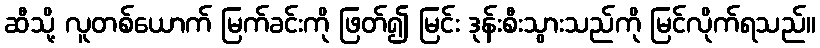
ဆီသို့ လူတစ်ယောက် မြက်ခင်းကို ဖြတ်၍ မြင်း ဒုန်းစီးသွားသည်ကို မြင်လိုက်ရသည်။